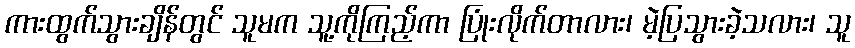
ကားထွက်သွားချိန်တွင် သူမက သူ့ကိုကြည့်ကာ ပြုံးလိုက်တာလား၊ မဲ့ပြသွားခဲ့သလား၊ သူ